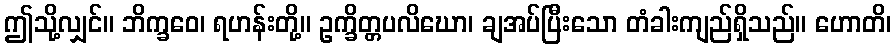
ဤသို့လျှင်။ ဘိက္ခဝေ၊ ရဟန်းတို့။ ဥက္ခိတ္တပလိဃော၊ ချအပ်ပြီးသော တံခါးကျည်ရှိသည်။ ဟောတိ၊